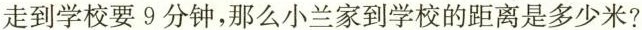
走到学校要9分钟，那么小兰家到学校的距离是多少米?